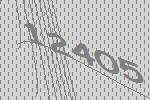
12405